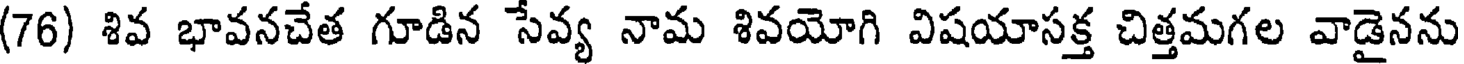
(76) శివ భావనచేత గూడిన సేవ్య నామ శివయోగి విషయాసక్త చిత్తమగల వాడైనను